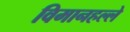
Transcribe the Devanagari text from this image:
विमानहल्ले